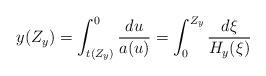
LaTeX: \begin{align*} y(Z_y)=\int_{t(Z_y)}^0\frac{du}{a(u)}=\int_0^{Z_y}\frac{d\xi}{H_y(\xi)}\end{align*}